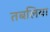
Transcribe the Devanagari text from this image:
तबलिया